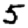
Digit: 5